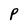
Character: p